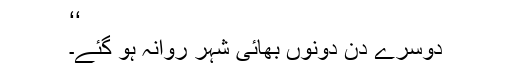
‘‘
دوسرے دن دونوں بھائی شہر روانہ ہو گئے۔